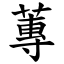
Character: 蓴